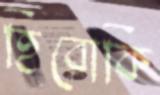
হিরোকি